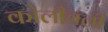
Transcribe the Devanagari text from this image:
कोलीवली